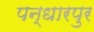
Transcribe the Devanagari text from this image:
पन्धारपुर